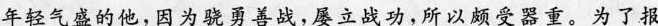
年轻气盛的他，因为骁勇善战，屡立战功，所以颇受器重。为了报